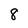
Character: 8